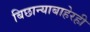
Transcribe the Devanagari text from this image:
बिछान्याबाहेरही